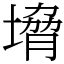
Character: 㙝